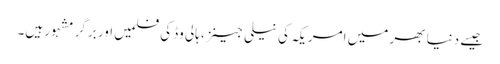
جیسے دنیا بھر میں امریکہ کی نیلی جینز، ہالی وڈ کی فلمیں اور برگر مشہور ہیں۔